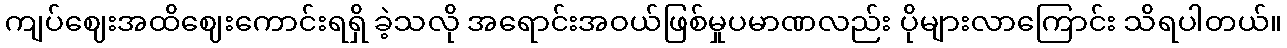
ကျပ်ဈေးအထိဈေးကောင်းရရှိ ခဲ့သလို အရောင်းအဝယ်ဖြစ်မှုပမာဏလည်း ပိုများလာကြောင်း သိရပါတယ်။